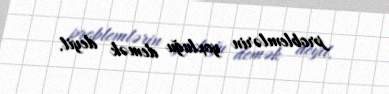
problemlərin yoxluğu demək deyil.